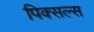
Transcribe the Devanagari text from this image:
पिक्सल्स